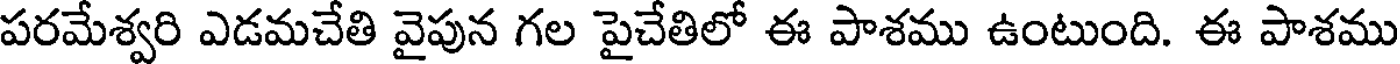
పరమేశ్వరి ఎడమచేతి వైపున గల పైచేతిలో ఈ పాశము ఉంటుంది. ఈ పాశము